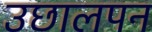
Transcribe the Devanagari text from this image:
उछालपन